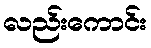
လည်းကောင်း